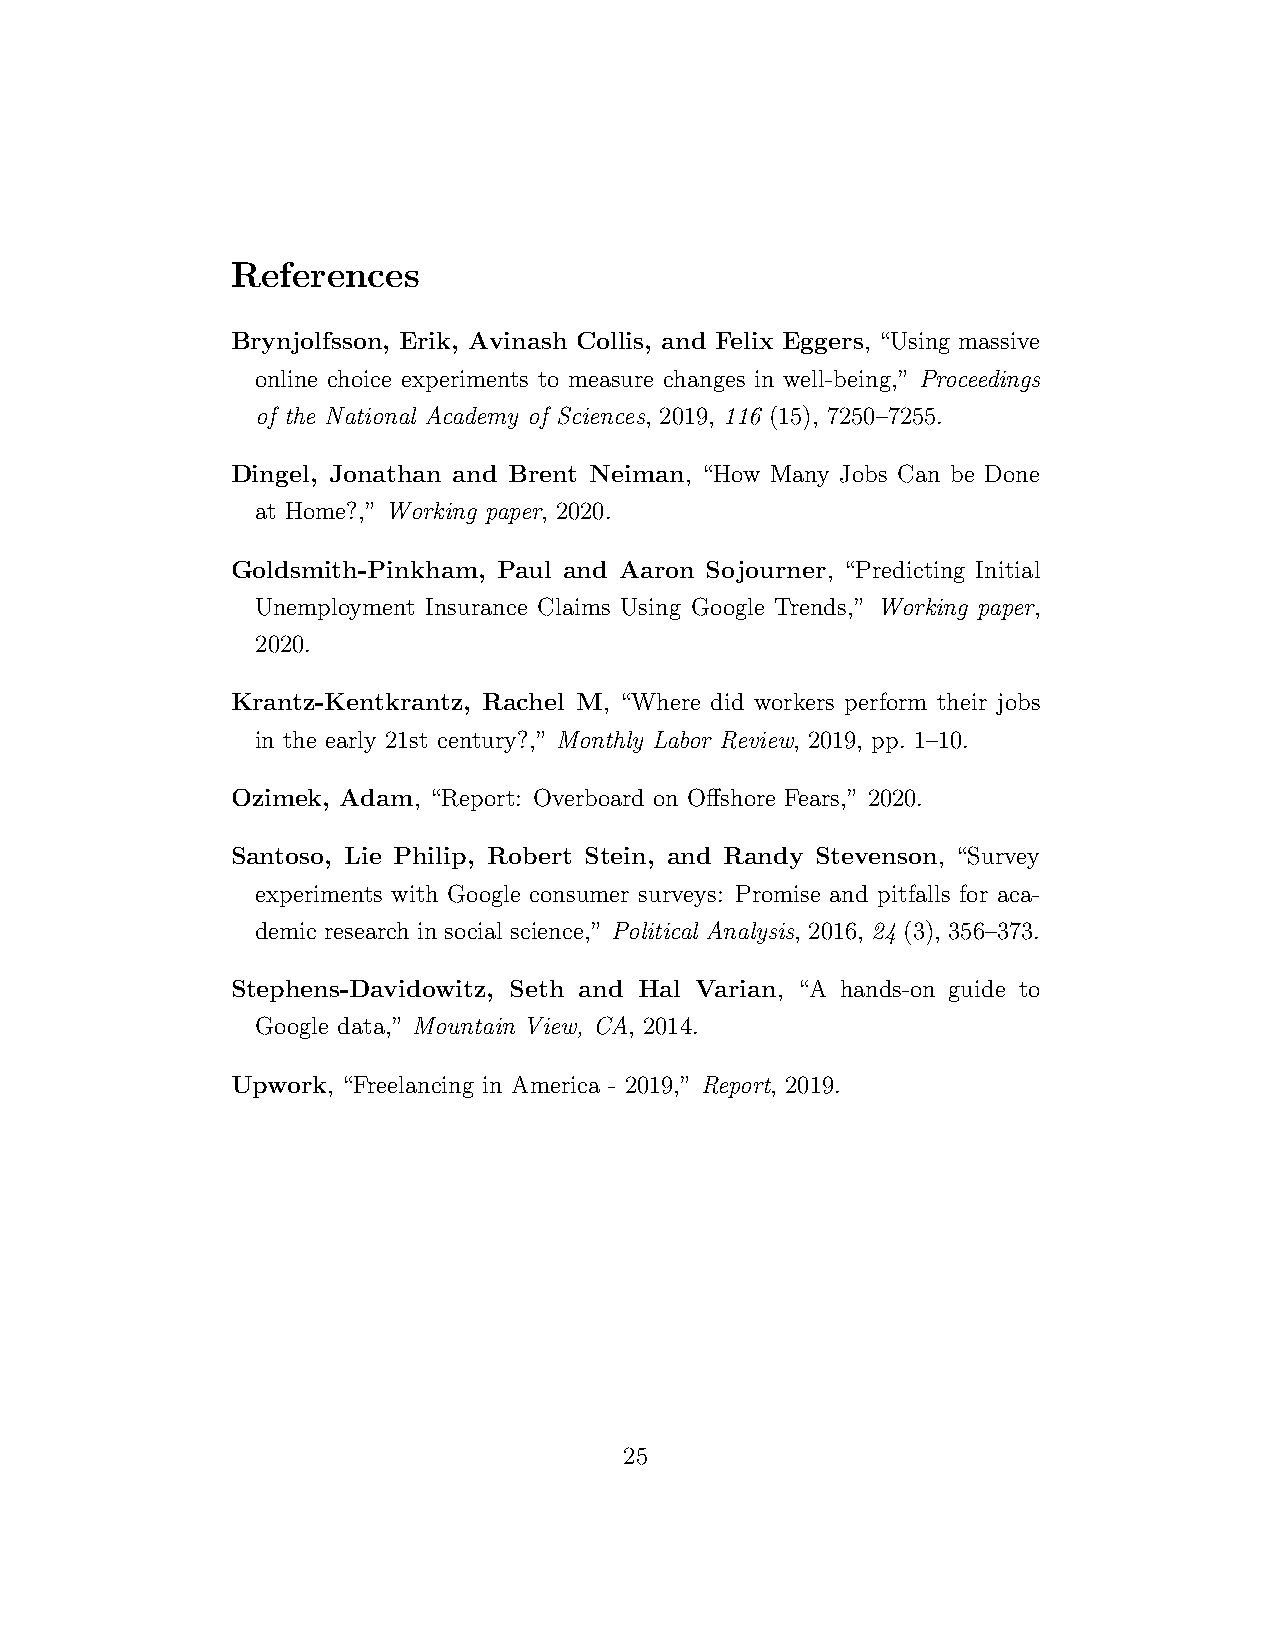
References
 Brynjolfsson, Erik, Avinash Collis, and Felix Eggers, “Using massive
 online choice experiments to measure changes in well-being,” Proceedings
 of the National Academy of Sciences, 2019, 116 (15), 7250–7255.
 Dingel, Jonathan and Brent Neiman, “How Many Jobs Can be Done
 at Home?,” Working paper, 2020.
 Goldsmith-Pinkham, Paul and Aaron Sojourner, “Predicting Initial
 Unemployment Insurance Claims Using Google Trends,” Working paper,
 2020.
 Krantz-Kentkrantz, Rachel M, “Where did workers perform their jobs
 in the early 21st century?,” Monthly Labor Review, 2019, pp. 1–10.
 Ozimek, Adam, “Report: Overboard on Offshore Fears,” 2020.
 Santoso, Lie Philip, Robert Stein, and Randy Stevenson, “Survey
 experiments with Google consumer surveys: Promise and pitfalls for aca-
 demic research in social science,” Political Analysis, 2016, 24 (3), 356–373.
 Stephens-Davidowitz, Seth and Hal Varian, “A hands-on guide to
 Google data,” Mountain View, CA, 2014.
 Upwork, “Freelancing in America - 2019,” Report, 2019.
 25